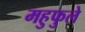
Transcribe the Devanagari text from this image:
महुफुले